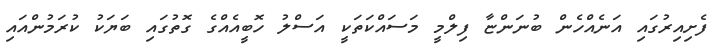
ފެށިއިރުގައި އަނެއްހެން ބުނަންޏާ ފިލްމީ މަސައްކަތަކީ އަސްލު ހޮބީއެއްގެ ގޮތުގައި ބަޔަކު ކުރަމުންއައި